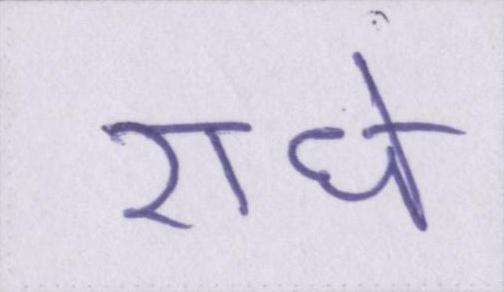
राधे